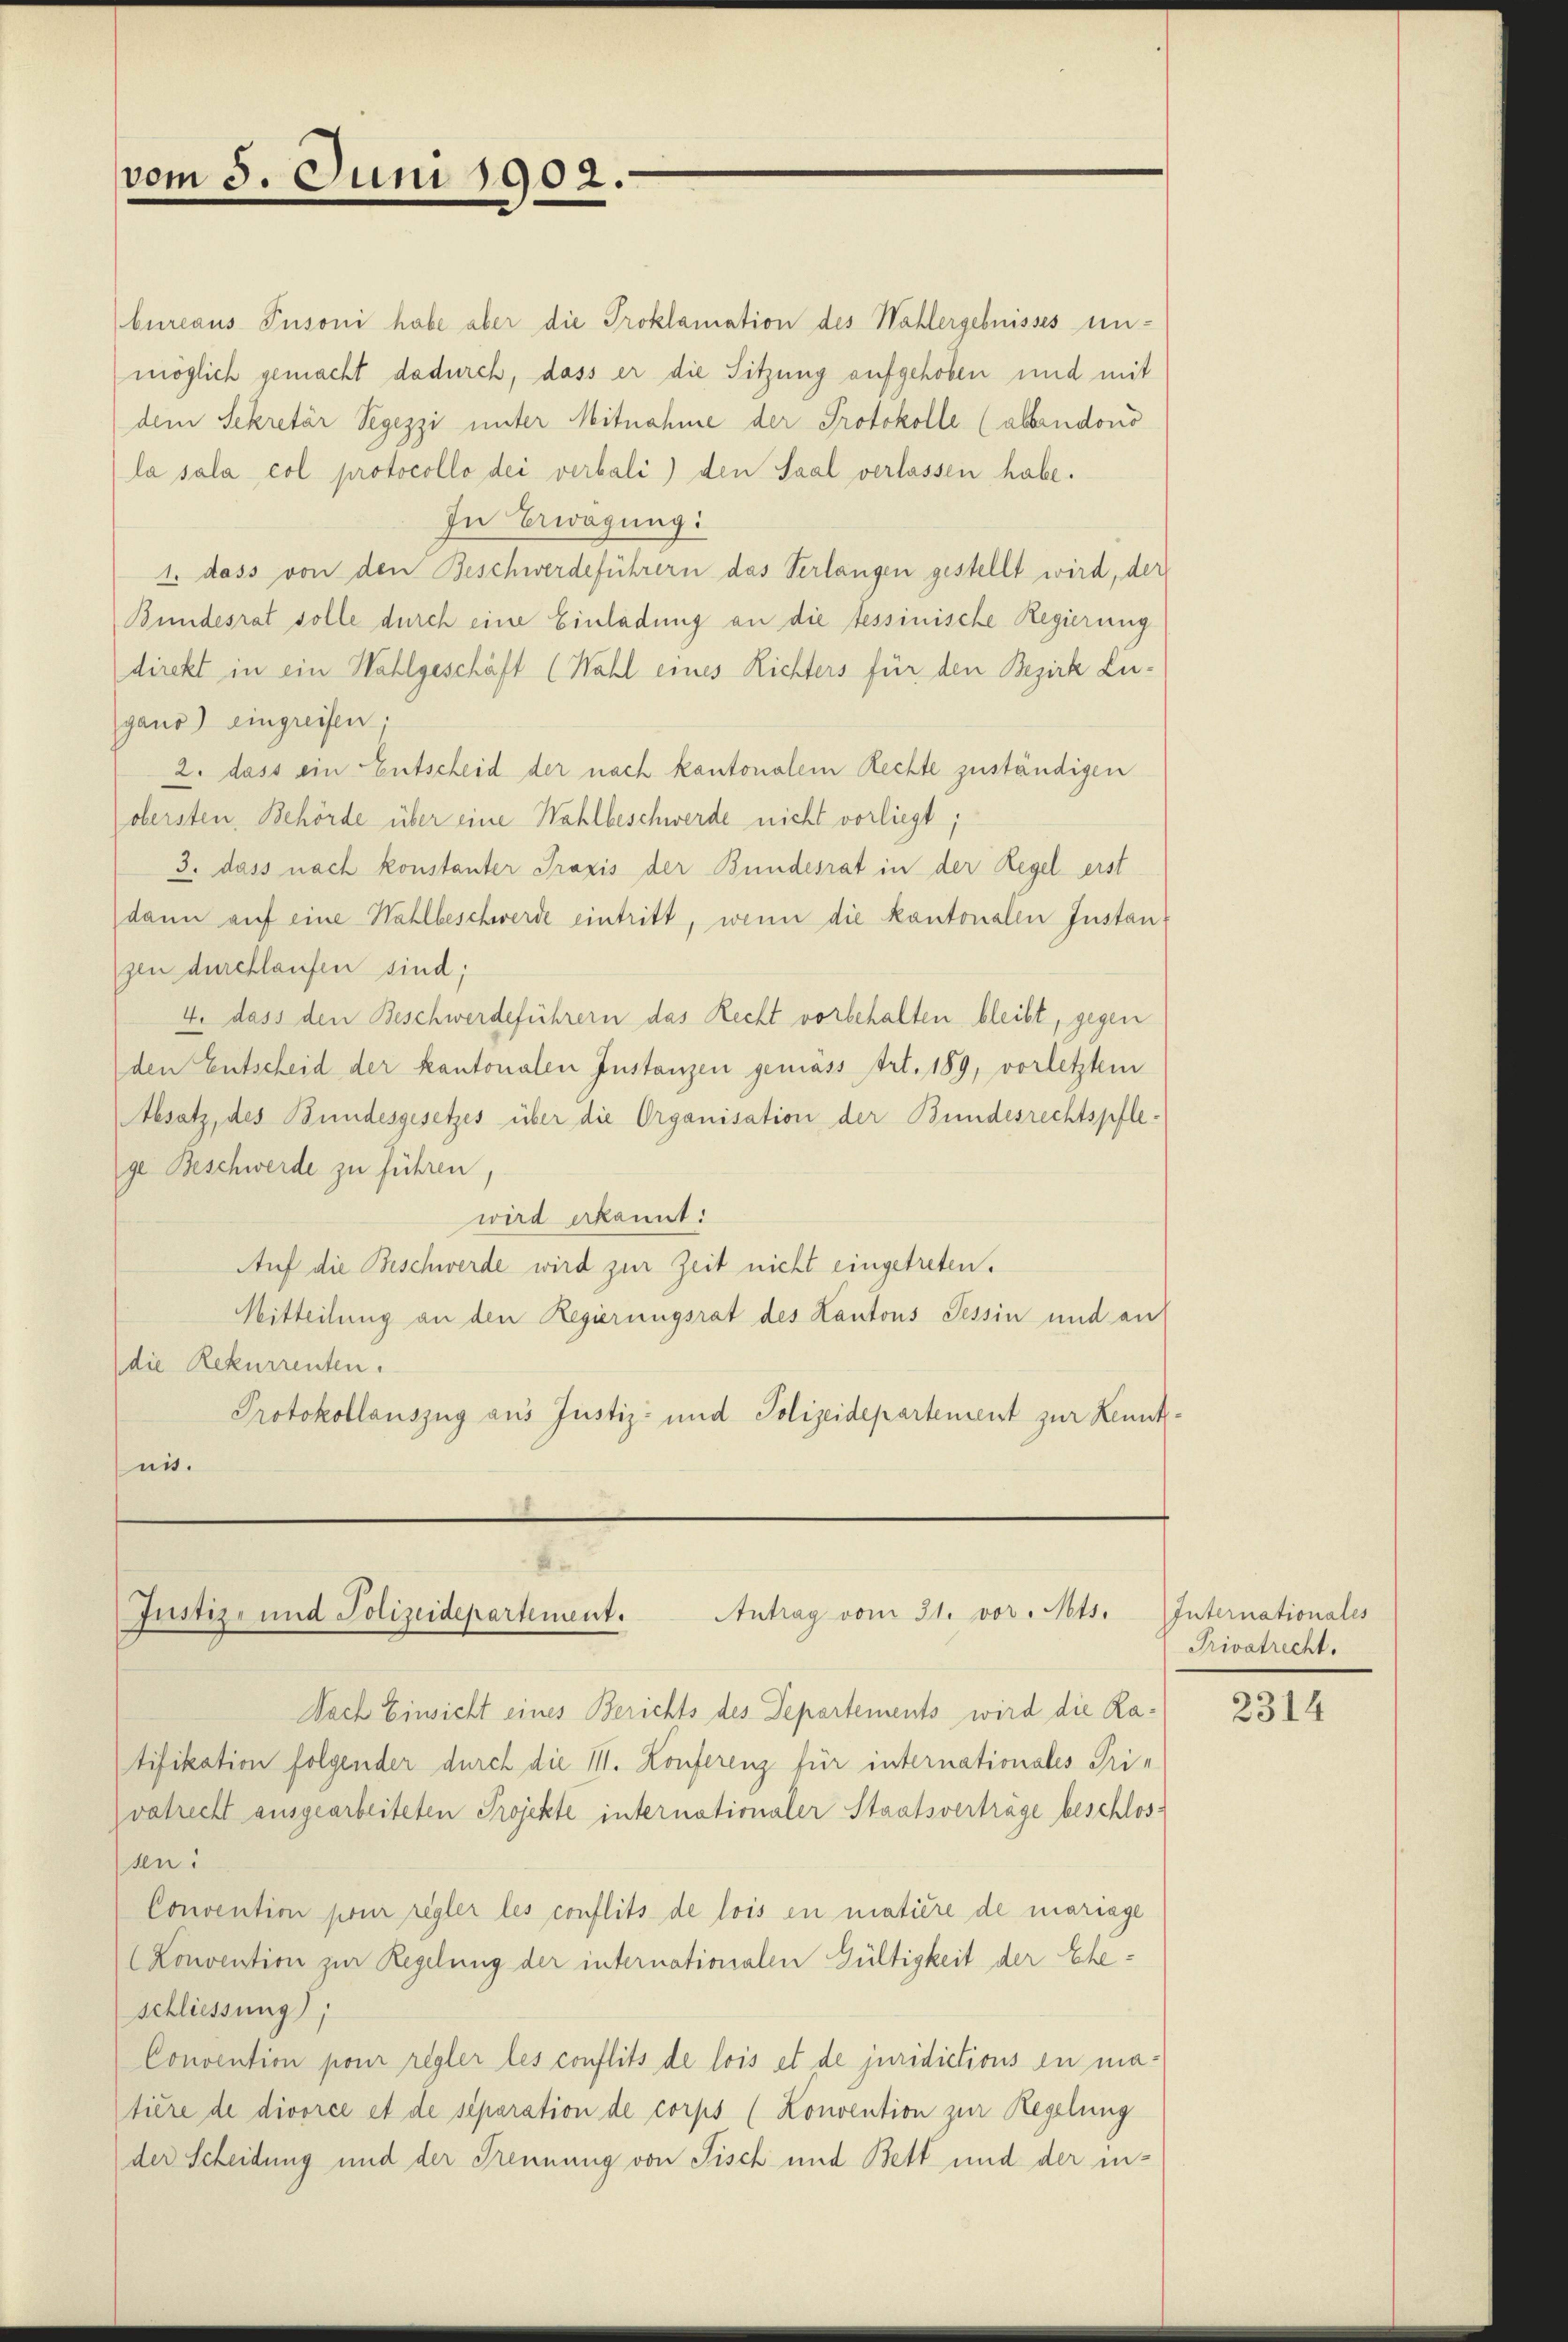
vom 5. Juni 1902.

Antrag vom 31. vor. Mts.
Justiz- und Polizeidepartement.

bureaus Pusoni habe aber die Proklamation des Wahlergebnisses un-
möglich gemacht dadurch, dass er die Sitzung aufgehoben und mit
dem Sekretär Segezzi unter Mitnahme der Protokolle (allendono
la sala col protocollo dei verbali) den Saal verlassen habe.
In Erwägung:
1. dass von den Beschwerdeführern das Verlangen gestellt wird, der
Bundesrat solle durch eine Einladung an die tessinische Regierung
direkt in ein Wahlgeschäft (Wahl eines Richters für den Bezirk Ligano) eingreifen;
2. dass ein Entscheid der nach kantonalem Rechte zuständigen
obersten Behörde über eine Wahlbeschwerde nicht vorliegt;
3. dass nach konstanter Praxis der Bundesrat in der Regel erst
dann auf eine Wahlbeschwerde eintritt, wenn die kantonalen Instan
zen durchlaufen sind;
4. dass den Beschwerdeführern das Recht vorbehalten bleibt, gegen
den Entscheid der kantonalen Instanzen gemäss Art. 189, vorletztem
Absatz, des Bundesgesetzes über die Organisation der Bundesrechtspflege Beschwerde zu führen,
wird erkannt:
Auf die Beschwerde wird zur Zeit nicht eingetreten.
Mitteilung an den Regierungsrat des Kantons Tessin und an
die Rekurrenten.
Protokollauszug aus Justiz- und Polizeidepartement zur Kenntnis.

Nach Einsicht eines Berichts des Departements wird die Ratifikation folgender durch die III. Konferenz für internationales Pri-
vatrecht ausgearbeiteten Projekte internationaler Staatsverträge beschlos-
sen:
Convention pour regler les conflits de lois en matière de mariage
(Konvention zur Regelung der internationalen Gültigkeit der Eheschliessung),
Convention pour regler les conflits de lois et de juridictions in matière de divorce et de séparation de corps (Konvention zur Regelung
der Scheidung und der Trennung von Fisch und Bett und der in¬

Internationales
Privatrecht.

2314